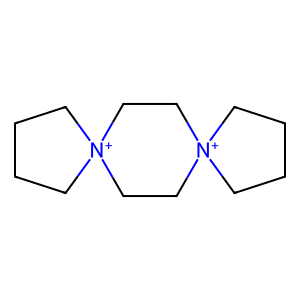
SMILES: C1CC[N+]2(C1)CC[N+]1(CCCC1)CC2
Inhibits HIV replication: No